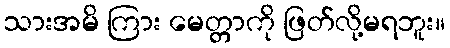
သားအမိ ကြား မေတ္တာကို ဖြတ်လို့မရဘူး။